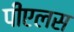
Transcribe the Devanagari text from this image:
पीएलस